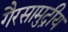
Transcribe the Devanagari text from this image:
गैरसामुद्रीय